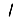
Digit: 1